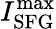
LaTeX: I_{\mathrm{SFG}}^{\mathrm{max}}